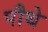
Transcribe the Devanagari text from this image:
पौथे